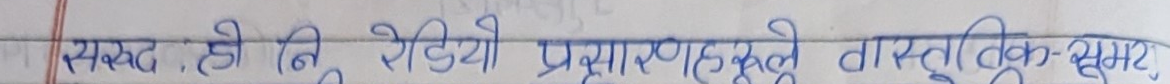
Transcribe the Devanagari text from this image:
स्पष्ट .हो कि रेडियो प्रसारणहरुको वास्तविक-समय